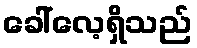
ခေါ်လေ့ရှိသည်